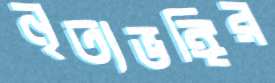
নৃত্যভঙ্গির